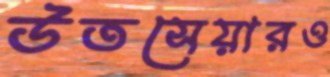
উতসেয়ারও